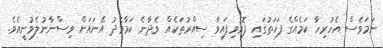
ނަމަވެސް އެހުރިހާ ކަމެއްގެ ފަހަތުގައި ފޮރުވިފައިވާ ސިއްރުތަކެއް ވެދާނެ ކަމާމެދު އޭނައަށް ވިސްނާނުލެވުނީއެވެ.